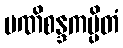
မဏိစန္ဒကပ္ပိတံ